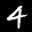
Label: 4